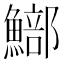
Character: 𩻗